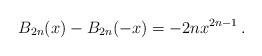
LaTeX: \begin{align*} B_{2n}(x)-B_{2n}(-x)=-2nx^{2n-1}\,.\end{align*}